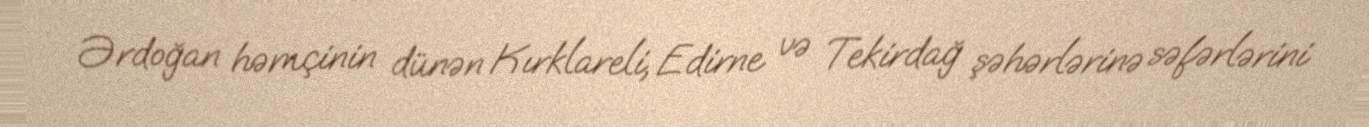
Ərdoğan həmçinin dünən Kırklareli, Edirne və Tekirdağ şəhərlərinə səfərlərini